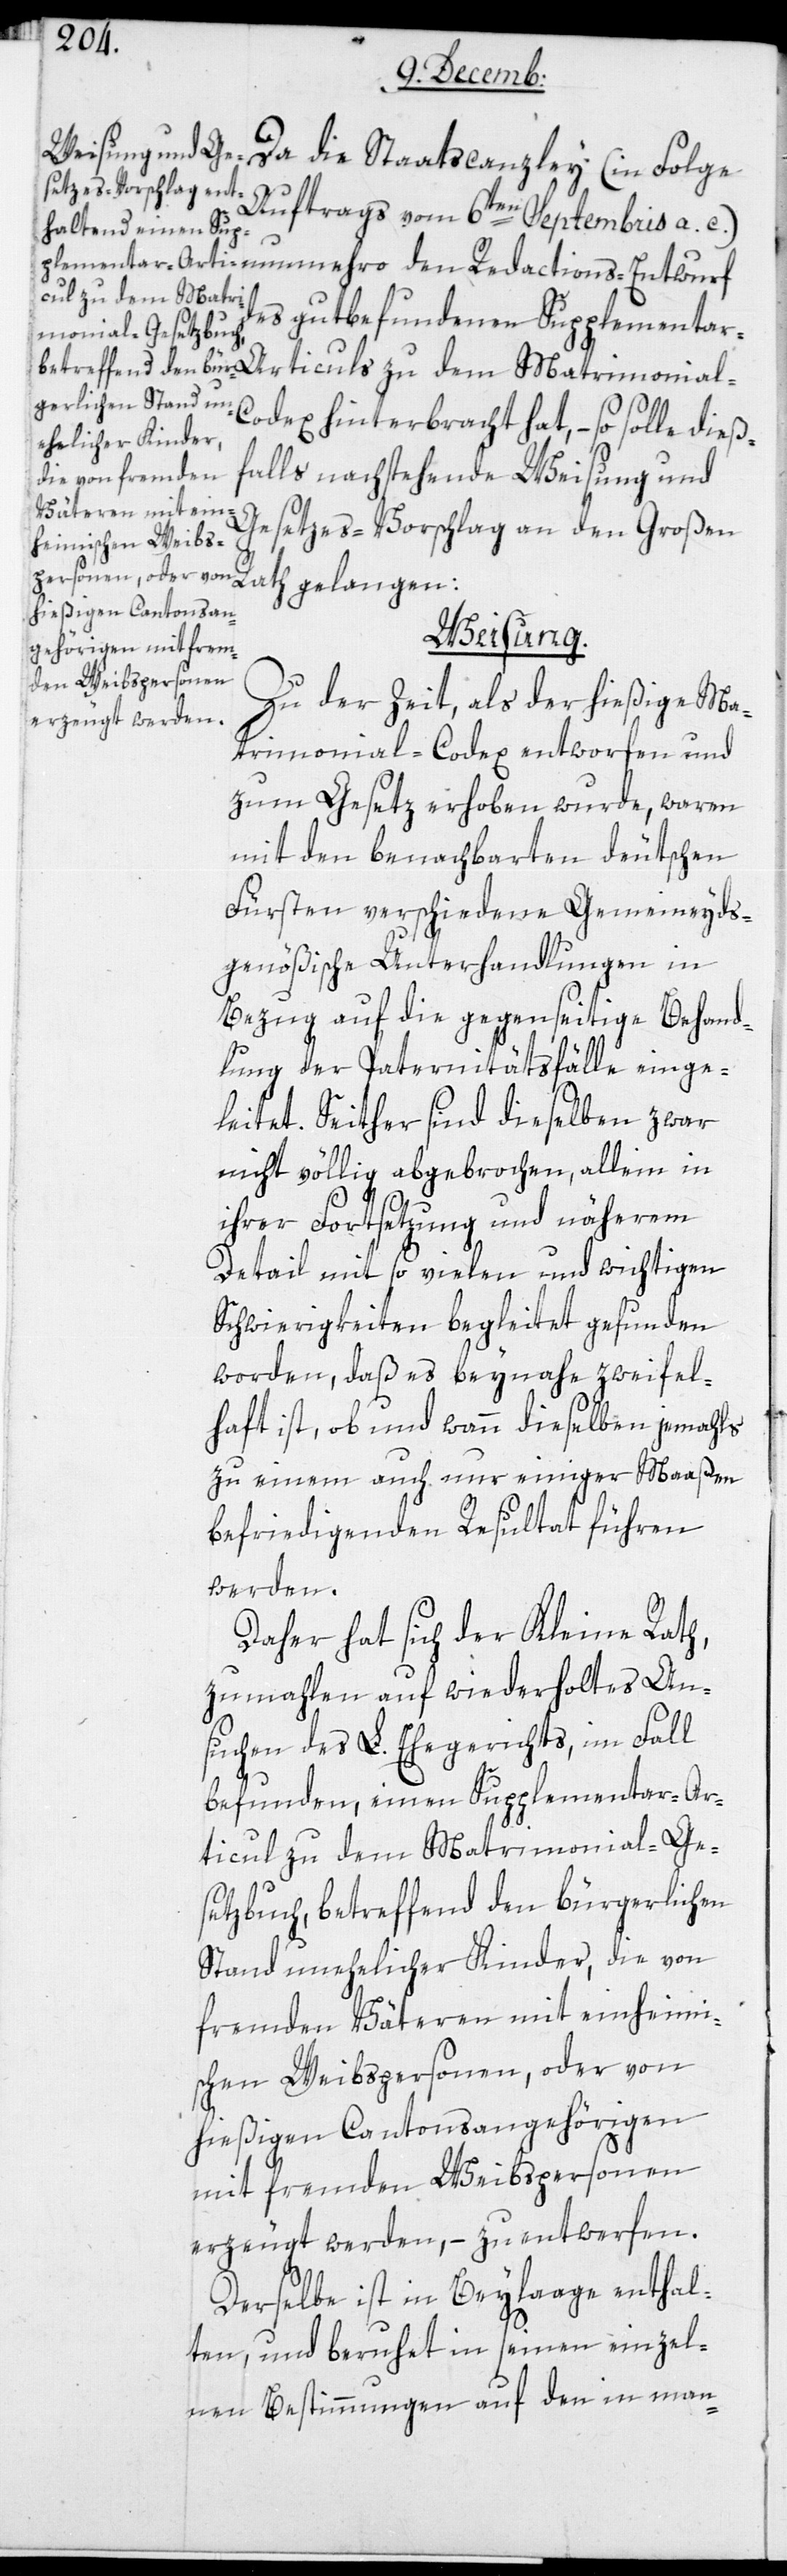
Auftrags vom 6ten Septembris a. c.)
des gut befundenen Supplementar-A¬
odex hinterbracht hat, – so solle dieß¬
falls nachstehende Weisung und
Gesetzes-Vorschlag an den Großen
Rath gelangen:
Weisung.
Zu der Zeit, als der hießige Ma¬
trimonial-Codex entworfen und
zum Gesetz erhoben wurde, waren
mit den benachbarten deutschen
Fürsten verschiedene Gemeineyds¬
genößische Unterhandlungen in
Bezug auf die gegenseitige Behand¬
lung der Paternitätsfälle einge¬
leitet. Seither sind dieselben zwar
nicht völlig abgebrochen, allein in
ihrer Fortsetzung und näherem
Detail mit so vielen und wichtigen
Schwierigkeiten begleitet gefunden
worden, daß es beinahe zweifel¬
haft ist, ob und wann dieselben jemahls
zu einem auch nur einigermaßen
befriedigenden Resultat führen
werden.
Daher hat sich der Kleine Rath,
zumahlen auf wiederholtes An¬
suchen des L. Ehegerichts, im Fall
befunden, einen Supplementar-Ar¬
ticul zu dem Matrimonial-Ge¬
setzbuch, betreffend den bürgerlichen
Stand unehelicher Kinder, die von
fremden Väteren mit einheimi¬
schen Weibspersonen, oder von
hießigen Cantonsangehörigen
mit fremden Weibspersonen
erzeugt werden, – zu entwerfen.
Derselbe ist in Beylage enthal¬
ten, und beruhet in seinen einzel¬
nen Bestimmungen auf den in man-